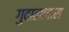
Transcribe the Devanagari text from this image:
गुदालावारा